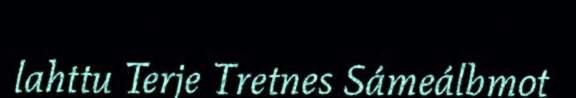
lahttu Terje Tretnes Sámeálbmot